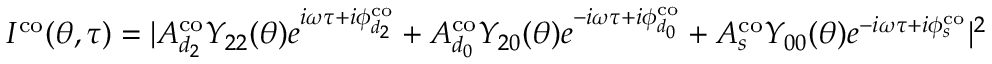
I ^ { \mathrm { { c o } } } ( \theta , \tau ) = | A _ { d _ { 2 } } ^ { \mathrm { c o } } Y _ { 2 2 } ( \theta ) e ^ { i \omega \tau + i \phi _ { d _ { 2 } } ^ { \mathrm { { c o } } } } + A _ { d _ { 0 } } ^ { \mathrm { c o } } Y _ { 2 0 } ( \theta ) e ^ { - i \omega \tau + i \phi _ { d _ { 0 } } ^ { \mathrm { { c o } } } } + A _ { s } ^ { \mathrm { c o } } Y _ { 0 0 } ( \theta ) e ^ { - i \omega \tau + i \phi _ { s } ^ { \mathrm { { c o } } } } | ^ { 2 }